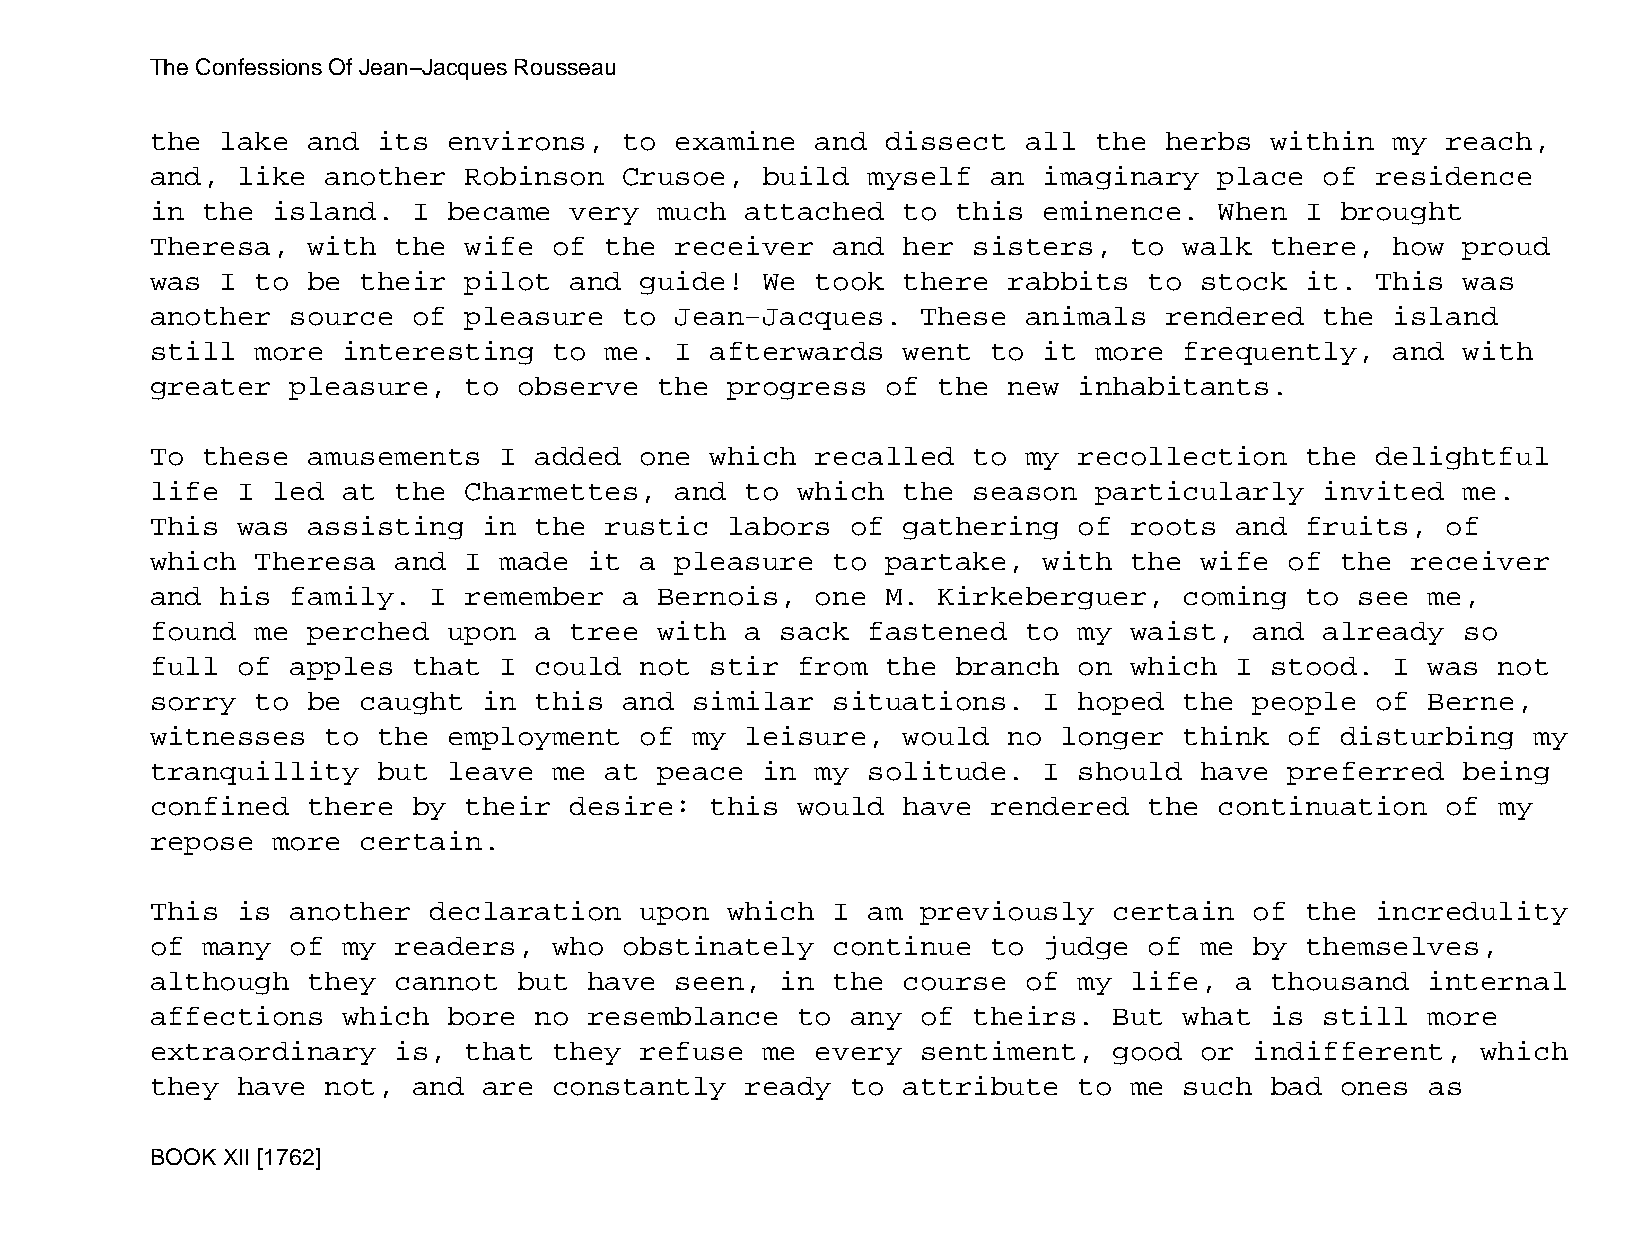
The Confessions Of Jean−Jacques Rousseau
 the  lake and  its  environs,  to  examine  and  dissect  all the  herbs  within  my  reach,
 and,  like  another  Robinson  Crusoe,  build  myself   an imaginary   place  of residence
 in the  island.  I  became  very  much attached   to this  eminence.   When I  brought
 Theresa,  with  the  wife  of the  receiver  and  her sisters,   to walk  there,  how  proud
 was  I to be  their  pilot  and guide!  We  took  there  rabbits  to stock  it.  This  was
 another  source  of  pleasure  to  Jean−Jacques.   These  animals  rendered   the island
 still  more  interesting   to me.  I afterwards   went  to it more  frequently,   and  with
 greater  pleasure,   to observe   the progress   of the  new inhabitants.
 To these  amusements   I added  one  which  recalled  to  my recollection   the  delightful
 life  I led  at the  Charmettes,   and to  which  the season  particularly    invited  me.
 This  was assisting   in the  rustic  labors  of  gathering  of  roots  and fruits,   of
 which  Theresa  and  I made  it a  pleasure  to  partake,  with  the wife  of  the receiver
 and  his family.  I  remember  a  Bernois,  one  M. Kirkeberguer,   coming  to  see  me,
 found  me perched   upon a  tree  with a  sack fastened   to my  waist,  and  already  so
 full  of apples  that  I could  not  stir  from  the branch  on  which  I stood.  I  was not
 sorry  to be  caught  in this  and  similar  situations.   I hoped  the  people  of  Berne,
 witnesses   to the  employment  of  my leisure,   would  no longer  think  of  disturbing  my
 tranquillity   but  leave  me at  peace in  my solitude.   I should  have  preferred   being
 confined  there  by  their  desire:  this  would  have  rendered  the  continuation   of my
 repose  more  certain.
 This  is another  declaration   upon  which  I am  previously   certain  of the  incredulity
 of many  of  my readers,   who obstinately   continue   to judge  of me  by themselves,
 although  they  cannot  but  have  seen,  in the  course  of my  life,  a thousand   internal
 affections   which  bore no  resemblance   to any  of theirs.   But what  is  still  more
 extraordinary   is,  that  they refuse  me  every  sentiment,   good or  indifferent,   which
 they  have  not, and  are  constantly  ready  to  attribute  to  me such  bad  ones  as
 BOOK XII [1762]